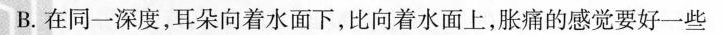
B. 在同一深度，耳朵向着水面下，比向着水面上，胀痛的感觉要好一些